Burma Government Medical School reports 1923-41
Year: 1923
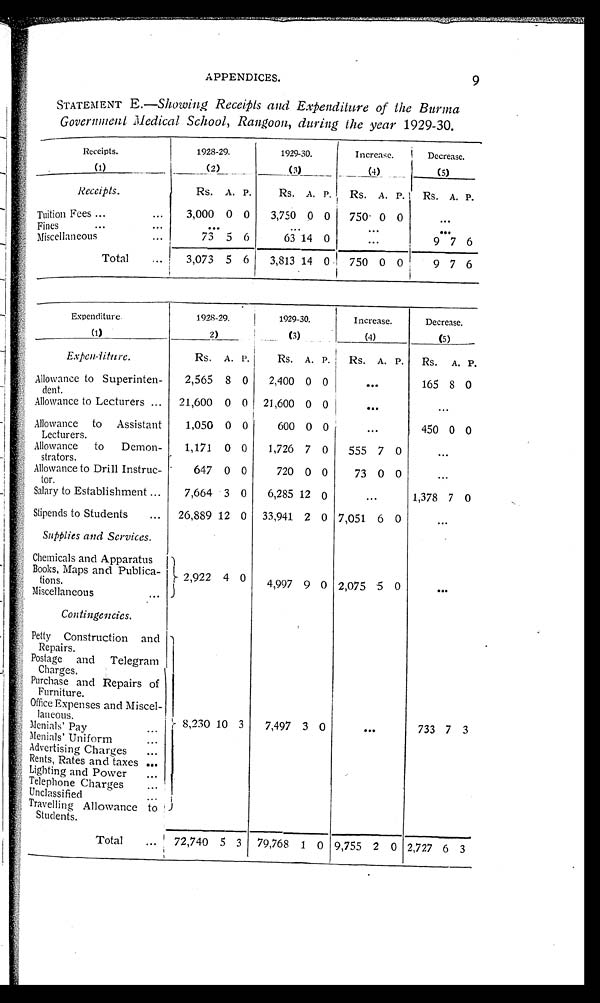
APPENDICES.
9
STATEMENT E.— Showing, Receipts and Expenditure of the Burma
Government Medical School, Rangoon, during the year 1929-30.
Receipts.
(1)
1928-29.
(2)
1929-30.
(3)
Increase.
(4)
Decrease.
(5)
Receipts.
Rs. A.
P .
Rs. A. P. Rs. A. P. Rs. A. P.
Tuition Fees
3,000 0 0
3,750 0 0 750 0 0
. . .
Fines
. . .
...
. . .
. . .
Miscellaneous
73 5 6
63 14 0
...
9 7 6
Total
3,073 5 6
3,813 14
0
750 0 0
9 7 6
Expenditure.
(1)
1928-29.
(2)
1929-30.
(3)
Increase.
(4)
Decrease.
(5)
E x p e n d i t u r e .
Rs. A. P.
Rs. A. P. Rs. A. P. Rs. A. P.
Al l owance t o Superi nt en-dent .
2,565
8
0
2,400 0 0
. . .
165 8 0
Allowance to Lecturers 21,600 0 0 21,600 0 0
. . .
. . .
Al l owance t o Assi st ant Lect urers.
1,050 0 0
600 0 0
. . .
450 0 0
Al l owance to Demon-strators.
1,171 0 0
1,726 7 0
555 7 0
. . .
Al l owance to Dri l l Instruc-tor.
647 0 0
720 0 0
73 0 0
. . .
Salary to Establishment
7,664 3 0
6,285 12 0
. . .
1,378 7 0
Stipends to Students 26,889 12 0 33,941 2 0 7,051 6 0
. . .
Suppl i es and Servi ces.
Ch e mi c a l s a n d Ap p a r a t u s Bo o k s , Ma p s a n d P u b l i c a - t i o n s .
2 , 9 2 2
4 0
4,997 9 0 2,075 5 0
. . .
Miscellaneous
C o n t i n g e r n c i e s .
Pet t y Const ruct i on and Repai rs.
8,230 10 3
7,497 3 0
. . .
733 7 3
Post age and Tel egram Charges.
Purchase and Repai rs of Furni t ure.
Offi ce Expenses and Mi scel -l aneous.
M e n i a l s ' P a y
Menials' Uniform
Advertising Charges
Rents, Rates and taxes
Li ght i ng and Power
Tel ephone Char ges
Unclassified
Travel l i ng Al l owance t o St udent s.
T o t a l 72,740 5 3 79,768 1 0 9,755 2 0 2,727 6 3